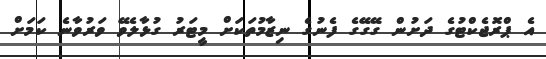
އެ ޕްރޮޖެކްޓުގެ ދަށުން ގޭގޭގެ ފެނުގެ ނިޒާމުތަކަށް މީޓަރު ގުޅާލެވޭ ވަރުވާނެ ކަމަށް